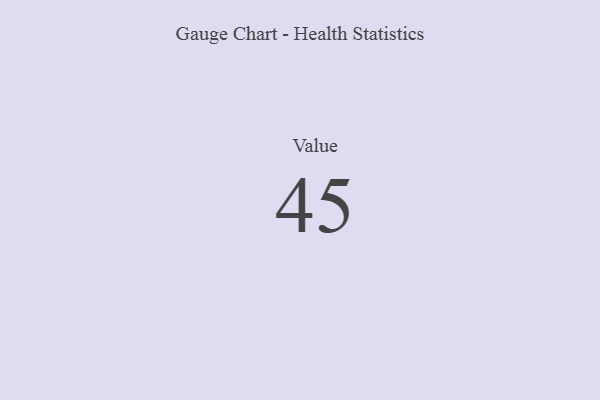
{"axis": {"x": "Metric", "y": "Value"}, "legend": [""], "data": [{"x": "Value", "y": 45, "type": ""}]}